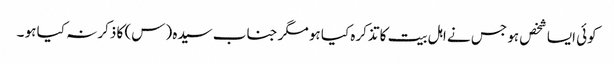
کوئی ایسا شخص ہو جس نے اہل بیت کا تذکرہ کیا ہو مگر جناب سیدہ (س) کا ذکر نہ کیا ہو ۔